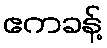
ဧကခန့်